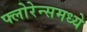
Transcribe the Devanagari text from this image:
फ्लोरेन्समध्ये